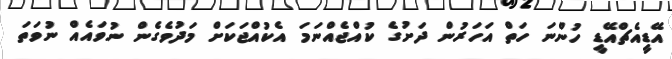
އޭޑީއެޗްއޭޑީ ހުންނަ ހަތް އަހަރުން ދަށުގެ ކުއްޖެއްނަމަ އެކުއްޖަކަށް މަދުވެގެން ނުވައެއް ނުވަތަ